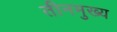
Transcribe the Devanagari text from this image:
तीनमुख्य